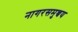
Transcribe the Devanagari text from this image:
नागरसमुच्चय